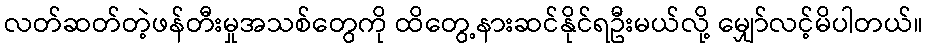
လတ်ဆတ်တဲ့ဖန်တီးမှုအသစ်တွေကို ထိတွေ့နားဆင်နိုင်ရဦးမယ်လို့ မျှော်လင့်မိပါတယ်။